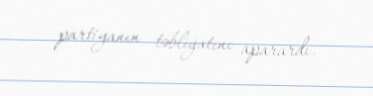
partiyanın təbliğatını aparardı.